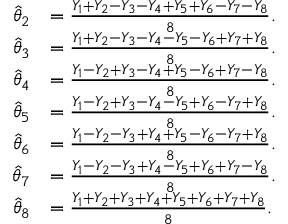
{ \begin{array} { r l } { { \widehat { \theta } } _ { 2 } } & { = { \frac { Y _ { 1 } + Y _ { 2 } - Y _ { 3 } - Y _ { 4 } + Y _ { 5 } + Y _ { 6 } - Y _ { 7 } - Y _ { 8 } } { 8 } } . } \\ { { \widehat { \theta } } _ { 3 } } & { = { \frac { Y _ { 1 } + Y _ { 2 } - Y _ { 3 } - Y _ { 4 } - Y _ { 5 } - Y _ { 6 } + Y _ { 7 } + Y _ { 8 } } { 8 } } . } \\ { { \widehat { \theta } } _ { 4 } } & { = { \frac { Y _ { 1 } - Y _ { 2 } + Y _ { 3 } - Y _ { 4 } + Y _ { 5 } - Y _ { 6 } + Y _ { 7 } - Y _ { 8 } } { 8 } } . } \\ { { \widehat { \theta } } _ { 5 } } & { = { \frac { Y _ { 1 } - Y _ { 2 } + Y _ { 3 } - Y _ { 4 } - Y _ { 5 } + Y _ { 6 } - Y _ { 7 } + Y _ { 8 } } { 8 } } . } \\ { { \widehat { \theta } } _ { 6 } } & { = { \frac { Y _ { 1 } - Y _ { 2 } - Y _ { 3 } + Y _ { 4 } + Y _ { 5 } - Y _ { 6 } - Y _ { 7 } + Y _ { 8 } } { 8 } } . } \\ { { \widehat { \theta } } _ { 7 } } & { = { \frac { Y _ { 1 } - Y _ { 2 } - Y _ { 3 } + Y _ { 4 } - Y _ { 5 } + Y _ { 6 } + Y _ { 7 } - Y _ { 8 } } { 8 } } . } \\ { { \widehat { \theta } } _ { 8 } } & { = { \frac { Y _ { 1 } + Y _ { 2 } + Y _ { 3 } + Y _ { 4 } + Y _ { 5 } + Y _ { 6 } + Y _ { 7 } + Y _ { 8 } } { 8 } } . } \end{array} }